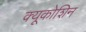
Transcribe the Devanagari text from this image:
क्यूकोशिन